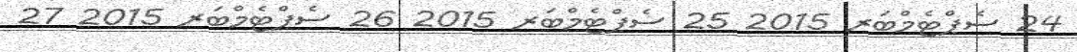
24 ސެޕްޓެމްބަރ 2015 25 ސެޕްޓެމްބަރ 2015 26 ސެޕްޓެމްބަރ 2015 27